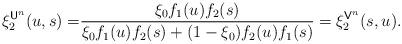
LaTeX: \begin{align*}\xi_2^{\mathsf{U}^n}(u,s)=&\frac{\xi_0 f_1(u)f_2(s)}{\xi_0f_1(u)f_2(s)+(1-\xi_0)f_2(u)f_1(s)}=\xi_2^{\mathsf{V}^n}(s,u).\end{align*}